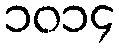
၁၀၁၄